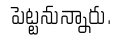
 పెట్టనున్నారు.